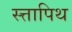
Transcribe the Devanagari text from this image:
स्त्तापिथ